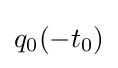
q_{0}(-t_{0})